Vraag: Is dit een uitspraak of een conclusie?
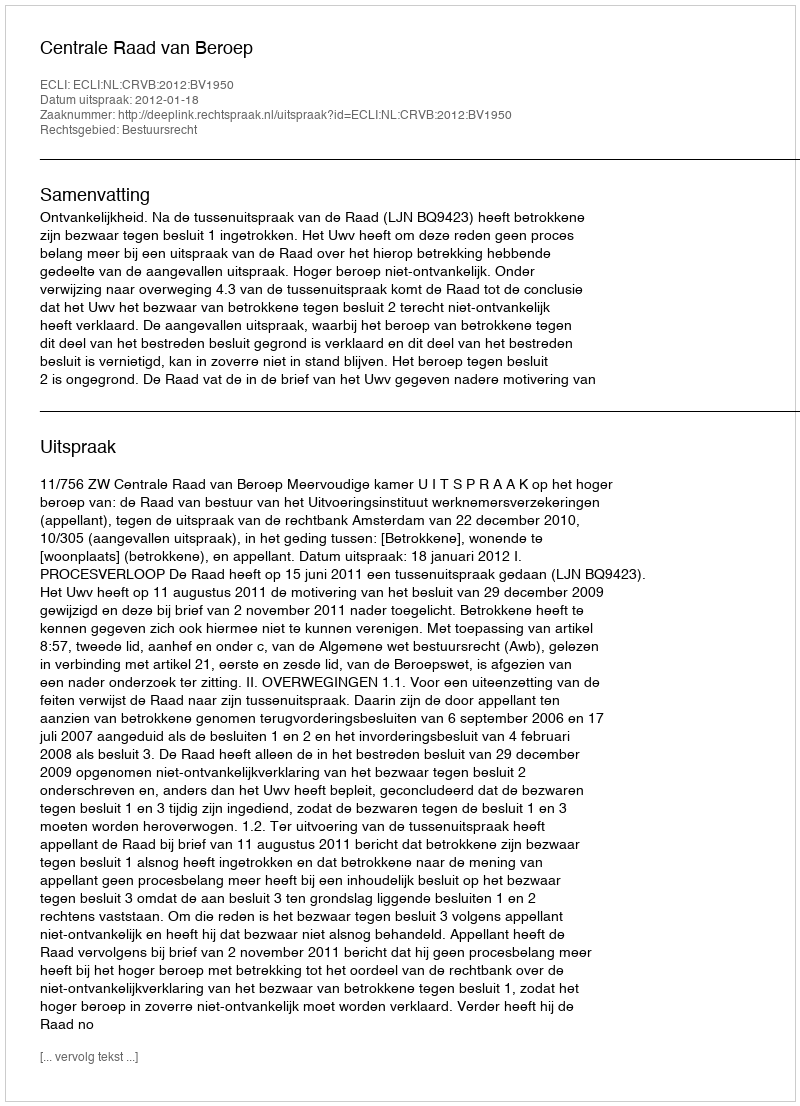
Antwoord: Uitspraak